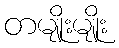
တမျိုးမျိုး